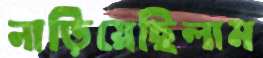
নাড়িয়েছিলাম